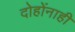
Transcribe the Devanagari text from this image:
दोहोंनाही